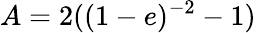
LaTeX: A=2((1-e)^{-2}-1)